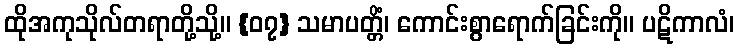
ထိုအကုသိုလ်တရာတို့သို့။ {၀၇} သမာပတ္တိံ၊ ကောင်းစွာရောက်ခြင်းကို။ ပဋိကာလံ၊